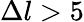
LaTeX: \Delta l>5